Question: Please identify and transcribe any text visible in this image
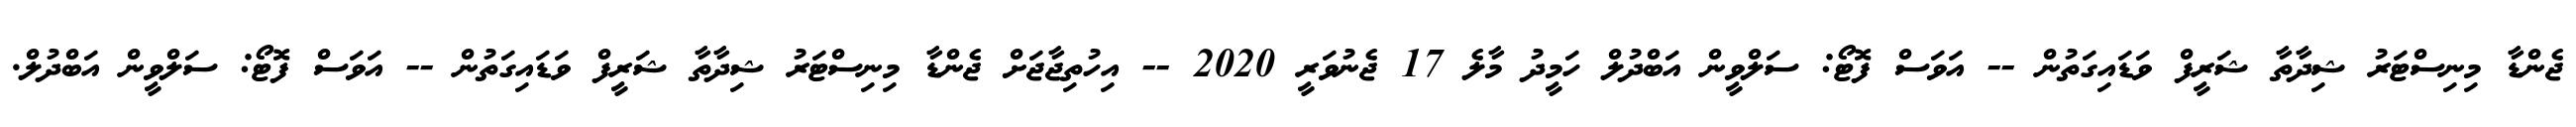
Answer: ޖެންޑާ މިނިސްޓަރު ޝިދާތާ ޝަރީފް ވަޑައިގަތުން -- އަވަސް ފޮޓޯ: ސަލްވީން އަބްދުލް ހަމީދު މާލެ 17 ޖެނުވަރީ 2020 -- އިހުތިޖާޖަށް ޖެންޑާ މިނިސްޓަރު ޝިދާތާ ޝަރީފް ވަޑައިގަތުން -- އަވަސް ފޮޓޯ: ސަލްވީން އަބްދުލް.